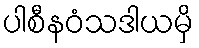
ပါစီနဝံသဒါယမှိ